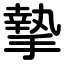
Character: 摯